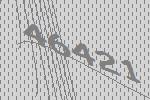
46421